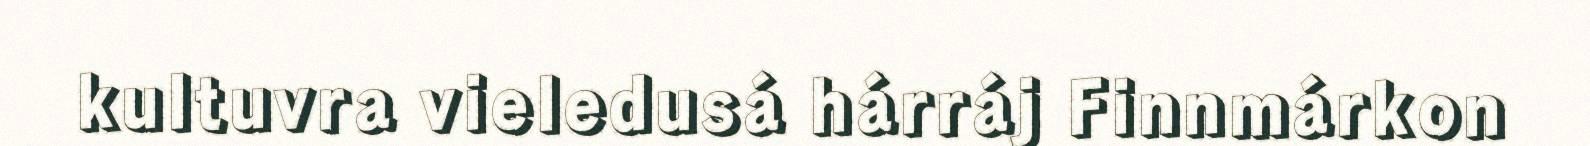
kultuvra vieledusá hárráj Finnmárkon